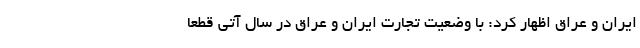
ایران و عراق اظهار کرد: با وضعیت تجارت ایران و عراق در سال آتی قطعا